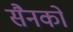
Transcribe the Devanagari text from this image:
सैनको